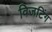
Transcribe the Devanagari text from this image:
विजटिंग